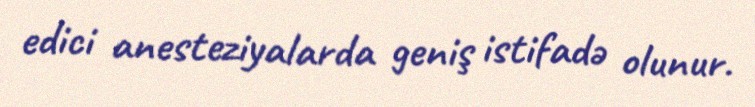
edici anesteziyalarda geniş istifadə olunur.